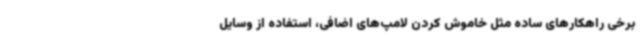
برخی راهکارهای ساده مثل خاموش کردن لامپ‌های اضافی، استفاده از وسایل